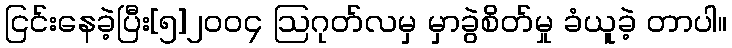
ငြင်းနေခဲ့ပြီး[၅]၂၀၀၄ ဩဂုတ်လမှ မှာခွဲစိတ်မှု ခံယူခဲ့ တာပါ။